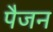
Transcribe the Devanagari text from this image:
पैजन